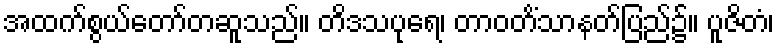
အထက်စွယ်တော်တဆူသည်။ တိဒသပုရေ၊ တာဝတိံသာနတ်ပြည်၌။ ပူဇိတံ၊